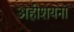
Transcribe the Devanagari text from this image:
अहीशयना